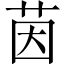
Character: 茵